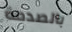
بالصدمة